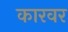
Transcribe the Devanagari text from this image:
कारवर